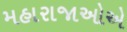
મહારાજાઓએ